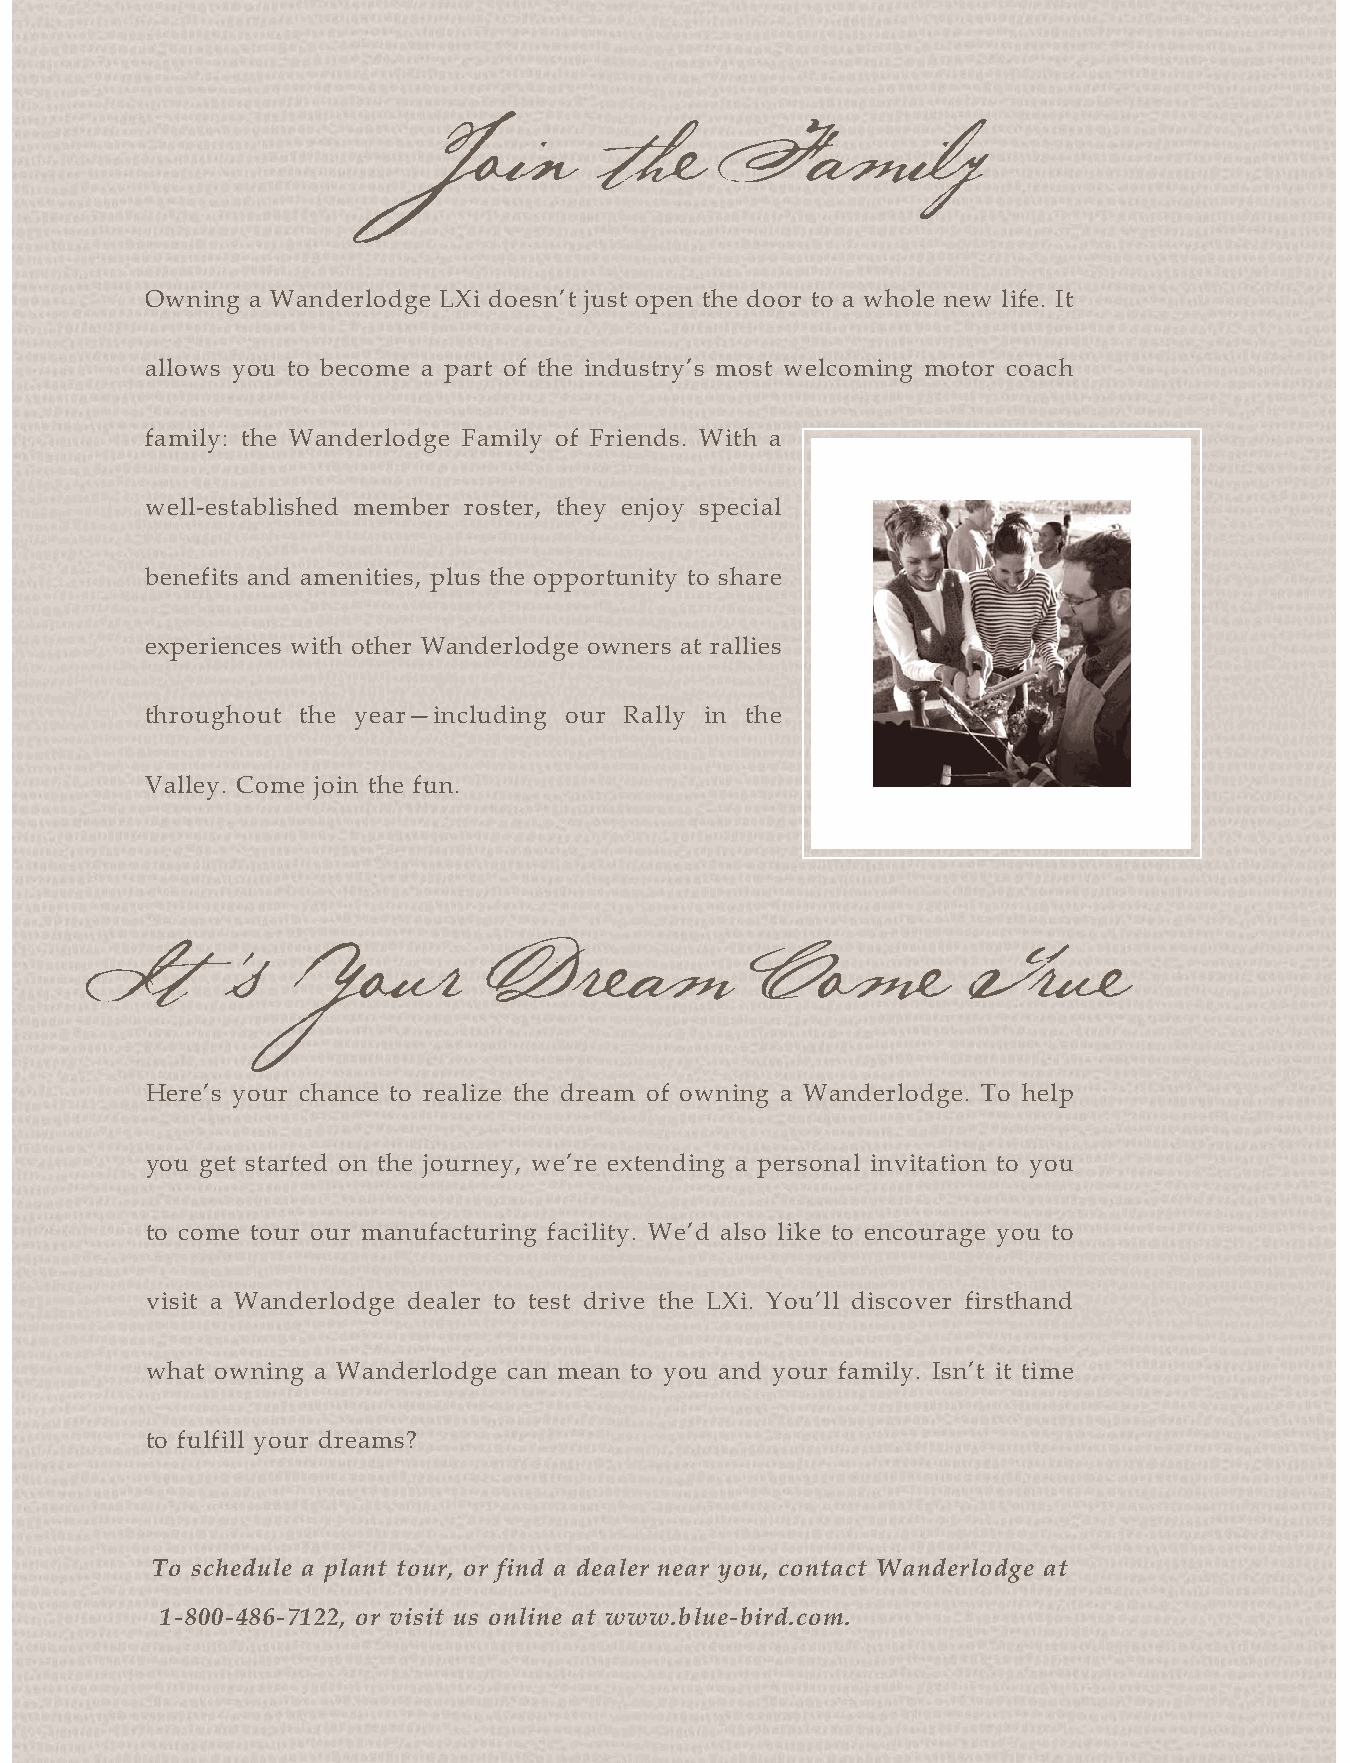
Join        the      Fa      mil    y
 Owning a Wanderlodge LXi doesn’t just open the door to a whole new life. It
 allows you to become a part of the industry’s most welcoming motor coach
 family: the Wanderlodge Family of Friends. With a
 well-established member roster, they enjoy special
 benefits and amenities, plus the opportunity to share
 experiences with other Wanderlodge owners at rallies
 throughout the year—including our Rally in the
 Valley. Come join the fun.
 ,
 It       s   You      r    Drea       m     Co     me     T   rue
 Here’s your chance to realize the dream of owning a Wanderlodge. To help
 you get started on the journey, we’re extending a personal invitation to you
 to come tour our manufacturing facility. We’d also like to encourage you to
 visit a Wanderlodge dealer to test drive the LXi. You’ll discover firsthand
 what owning a Wanderlodge can mean to you and your family. Isn’t it time
 to fulfill your dreams?
 To schedule a plant tour, or find a dealer near you, contact Wanderlodge at
 1-800-486-7122, or visit us online at www.blue-bird.com.